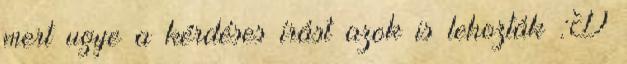
mert ugye a kérdéses írást azok is lehozták :D